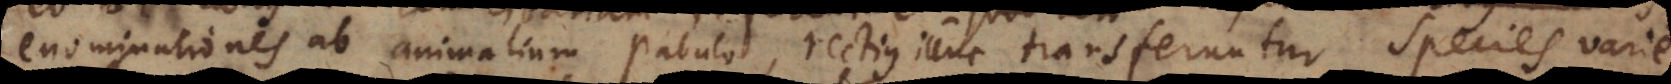
Denominationes ab animalium pabulo, rectius illuc transferuntur. Animalium